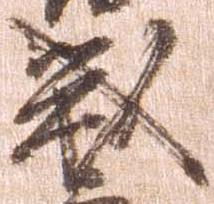
戦